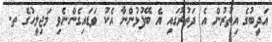
އަދީބުގެ އިތުރުން އެ ދަތުރުގައި އެ ބޭފުޅުންނާ އެކު ވަޑައިގެންނެވި މަޖިލީހުގެ ތ.